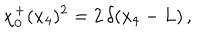
LaTeX: \chi _ { 0 } ^ { + } ( x _ { 4 } ) ^ { 2 } = 2 \, \delta ( x _ { 4 } - L ) \, ,